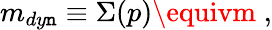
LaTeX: m_{dy\mathtt{n}}\equiv\Sigma(p)\equivm\; ,